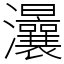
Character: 㶞